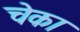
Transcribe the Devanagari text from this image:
चेका